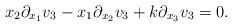
LaTeX: \begin{align*}x_2\partial_{x_1}v_3-x_1\partial_{x_2}v_3+k\partial_{x_3}v_3=0.\end{align*}